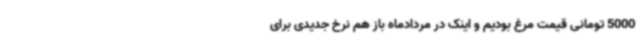
5000 تومانی قیمت مرغ بودیم و اینک در مردادماه باز هم نرخ جدیدی برای